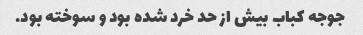
جوجه کباب بیش از حد خرد شده بود و سوخته بود.